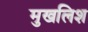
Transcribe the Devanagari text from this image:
मुखलिश